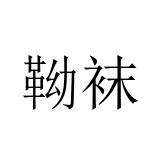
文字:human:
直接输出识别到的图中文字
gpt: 靿袜